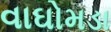
વાઘોમડા